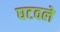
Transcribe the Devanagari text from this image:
घटवले